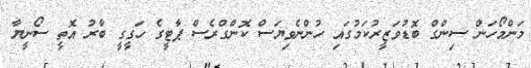
މަންމޯހަން ސިންގް ބޮޑުވަޒީރުކަމުގައި ހުންނެވިޔަސް ކޮންގްރެސް ޕާޓީގެ ހަގީގީ ބާރު އޮތީ ސޯނީޔާ